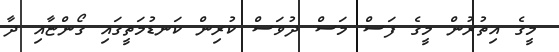
މީގެ އިތުރުން މީގެ ފަސް މަސް ދުވަސް ކުރިން ކަނޑުމަތީގައި ގޯންޏާއި ދާ